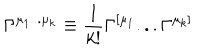
LaTeX: \Gamma ^ { \mu _ { 1 } . . . \mu _ { k } } \equiv { \frac { 1 } { k ! } } \Gamma ^ { [ \mu _ { 1 } } . . . \Gamma ^ { \mu _ { k } ] }